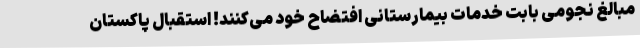
مبالغ نجومی بابت خدمات بیمارستانی افتضاح خود می‌کنند! استقبال پاکستان